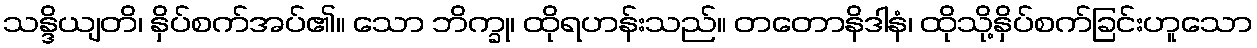
သန္ဒိယျတိ၊ နှိပ်စက်အပ်၏။ သော ဘိက္ခု၊ ထိုရဟန်းသည်။ တတောနိဒါနံ၊ ထိုသို့နှိပ်စက်ခြင်းဟူသော